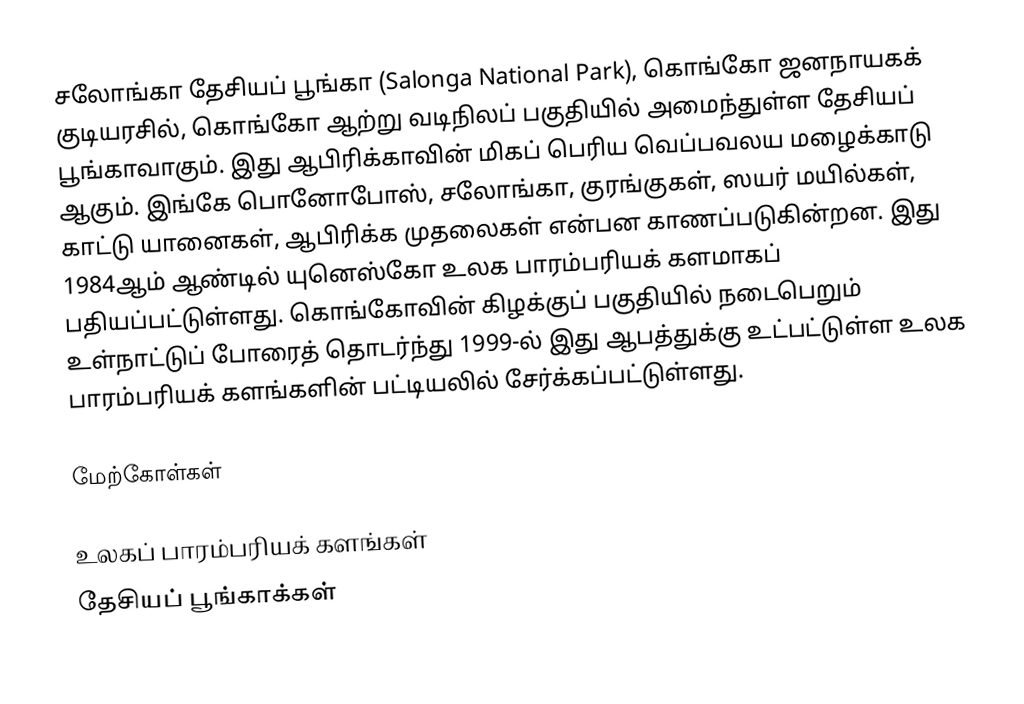
சலோங்கா தேசியப் பூங்கா (Salonga National Park), கொங்கோ ஜனநாயகக் குடியரசில், கொங்கோ ஆற்று வடிநிலப் பகுதியில் அமைந்துள்ள தேசியப் பூங்காவாகும். இது ஆபிரிக்காவின் மிகப் பெரிய வெப்பவலய மழைக்காடு ஆகும். இங்கே பொனோபோஸ், சலோங்கா, குரங்குகள், ஸயர் மயில்கள், காட்டு யானைகள், ஆபிரிக்க முதலைகள் என்பன காணப்படுகின்றன. இது 1984ஆம் ஆண்டில் யுனெஸ்கோ உலக பாரம்பரியக் களமாகப் பதியப்பட்டுள்ளது. கொங்கோவின் கிழக்குப் பகுதியில் நடைபெறும் உள்நாட்டுப் போரைத் தொடர்ந்து 1999-ல் இது ஆபத்துக்கு உட்பட்டுள்ள உலக பாரம்பரியக் களங்களின் பட்டியலில் சேர்க்கப்பட்டுள்ளது.

மேற்கோள்கள்

உலகப் பாரம்பரியக் களங்கள்
தேசியப் பூங்காக்கள்